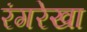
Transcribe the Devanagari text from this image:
रंगरेखा